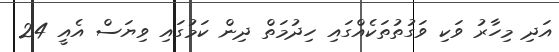
އަދި މިހާރު ވަކި ވަގުތުތަކެއްގައި ހިދުމަތް ދިން ކަމުގައި ވިޔަސް އެއީ 24